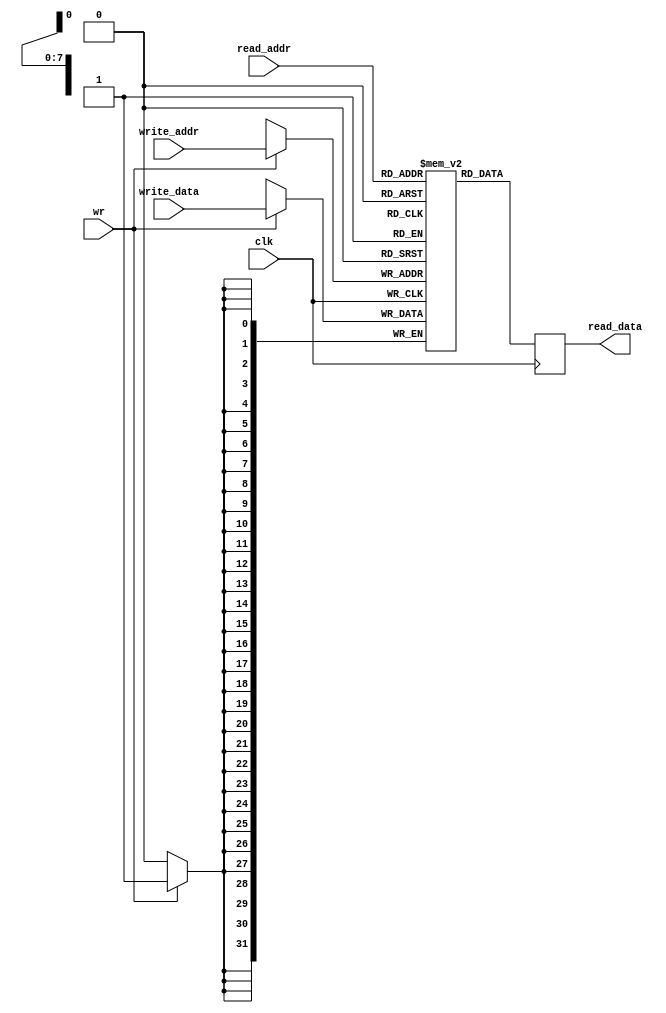
module blockmem1r1w(
                    input wire           clk,

                    input wire  [07 : 0] read_addr,
                    output wire [31 : 0] read_data,

                    input wire           wr,
                    input wire  [07 : 0] write_addr,
                    input wire  [31 : 0] write_data
                   );

  reg [31 : 0] mem [0 : 255];
  reg [31 : 0] tmp_read_data;

  assign read_data = tmp_read_data;

  always @ (posedge clk)
    begin : reg_mem
      if (wr)
        mem[write_addr] <= write_data;

      tmp_read_data <= mem[read_addr];
    end

endmodule